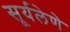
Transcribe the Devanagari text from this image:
सूर्यलेणे